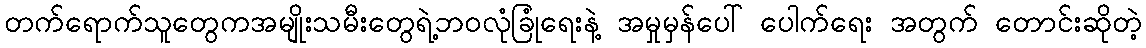
တက်ရောက်သူတွေကအမျိုးသမီးတွေရဲ့ဘဝလုံခြုံရေးနဲ့ အမှုမှန်ပေါ် ပေါက်ရေး အတွက် တောင်းဆိုတဲ့